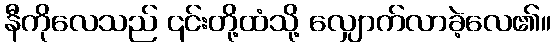
နီကိုလေသည် ၎င်းတို့ထံသို့ လျှောက်လာခဲ့လေ၏။